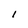
Character: I